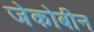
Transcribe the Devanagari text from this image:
जेकोबीन